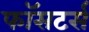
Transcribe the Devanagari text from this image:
फॉसटर्स